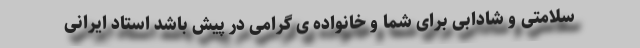
سلامتی و شادابی برای شما و خانواده ی گرامی در پیش باشد استاد ایرانی